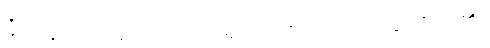
ခုံတန်းလျားပေါ်တွင် အရုပ်ကြိုးပြတ် ထိုင်ချလိုက်၏။